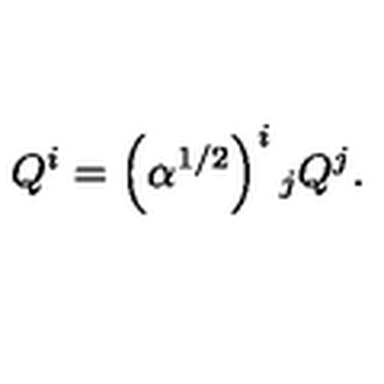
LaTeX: Q ^ { i } = \left( \alpha ^ { 1 / 2 } \right) ^ { i } { } _ { j } Q ^ { j } .